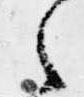
之